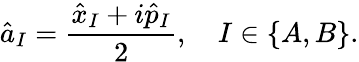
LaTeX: \hat{a}_{I}=\frac{\hat{x}_{I}+i\hat{p}_{I}}{2},\quad I\in\{ A,B\} .